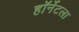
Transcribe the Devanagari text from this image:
हॉर्नेटला